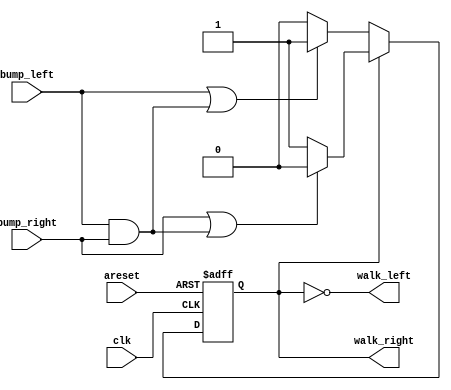
module top_module(
    input clk,
    input areset,    // Freshly brainwashed Lemmings walk left.
    input bump_left,
    input bump_right,
    output walk_left,
    output walk_right); //  

    parameter LEFT=0, RIGHT=1;
    reg state, next_state;

    always @(*) begin
        // State transition logic
        if(!state) next_state = (bump_left | (bump_left & bump_right))? RIGHT:LEFT;
        else next_state = (bump_right | (bump_left & bump_right))? LEFT:RIGHT;
    end

    always @(posedge clk, posedge areset) begin
        // State flip-flops with asynchronous reset
        if(areset) state <= LEFT;
        else state <= next_state;
    end

    // Output logic
     assign walk_left  = (state == LEFT);
     assign walk_right = (state == RIGHT);

endmodule